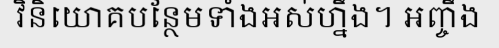
វិនិយោគបន្ថែមទាំងអស់ហ្នឹង។ អញ្ចឹង